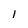
Character: 1